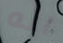
اله